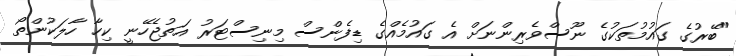
"ބޭރުގެ ގައުމުތަކުގެ ނޫސްވެރިންނަށް އެ ގައުމެއްގެ ޑިފެންސް މިނިސްޓަރު އަތުޖެހޭނީ ކިހާ ހާލަކުންތޯ